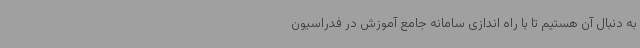
به دنبال آن هستیم تا با راه اندازی سامانه جامع آموزش در فدراسیون